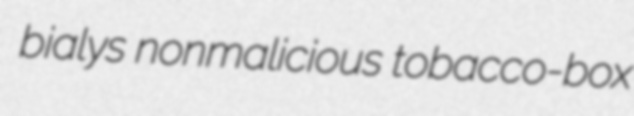
bialys nonmalicious tobacco-box